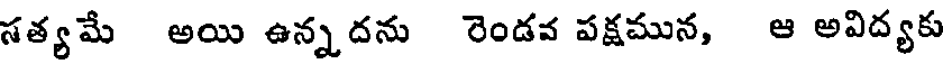
సత్యమే అయి ఉన్నదను రెండవ పక్షమున, ఆ అవిద్యకు